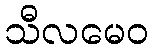
သီလမေဝ